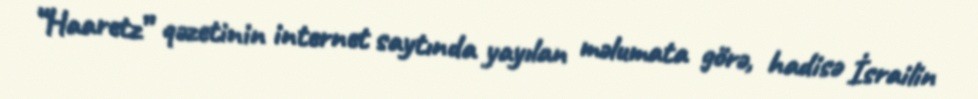
“Haaretz” qəzetinin internet saytında yayılan məlumata görə, hadisə İsrailin